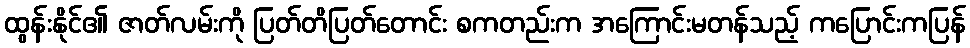
ထွန်းနိုင်၏ ဇာတ်လမ်းကို ပြတ်တိပြတ်တောင်း စကတည်းက အကြောင်းမတန်သည့် ကပြောင်းကပြန်